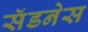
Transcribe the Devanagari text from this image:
सॅडनेस